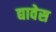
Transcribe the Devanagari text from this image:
द्यावेस